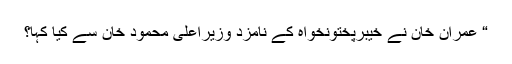
“ عمران خان نے خیبرپختونخواہ کے نامزد وزیراعلیٰ محمود خان سے کیا کہا؟